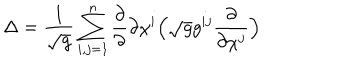
\Delta = \frac { 1 } { \sqrt g } \sum _ { i , j = 1 } ^ { n } \frac { \partial } { \partial } { \partial \chi ^ { i } } \Big ( \sqrt g g ^ { i j } \frac { \partial } { \partial \chi ^ { j } } \Big )